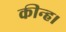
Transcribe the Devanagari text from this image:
कीन्‍ह।